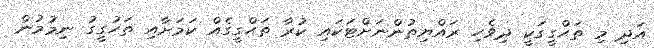
އަދި މި ތަޙްގީގަކީ ދިވެހި ރައްޔިތުންނަށްޓަކައި ކުރާ ތަޙްގީގެއް ކަމަށާއި ތަހުގީގު ނިމުމުން